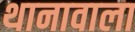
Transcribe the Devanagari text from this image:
थानावाला